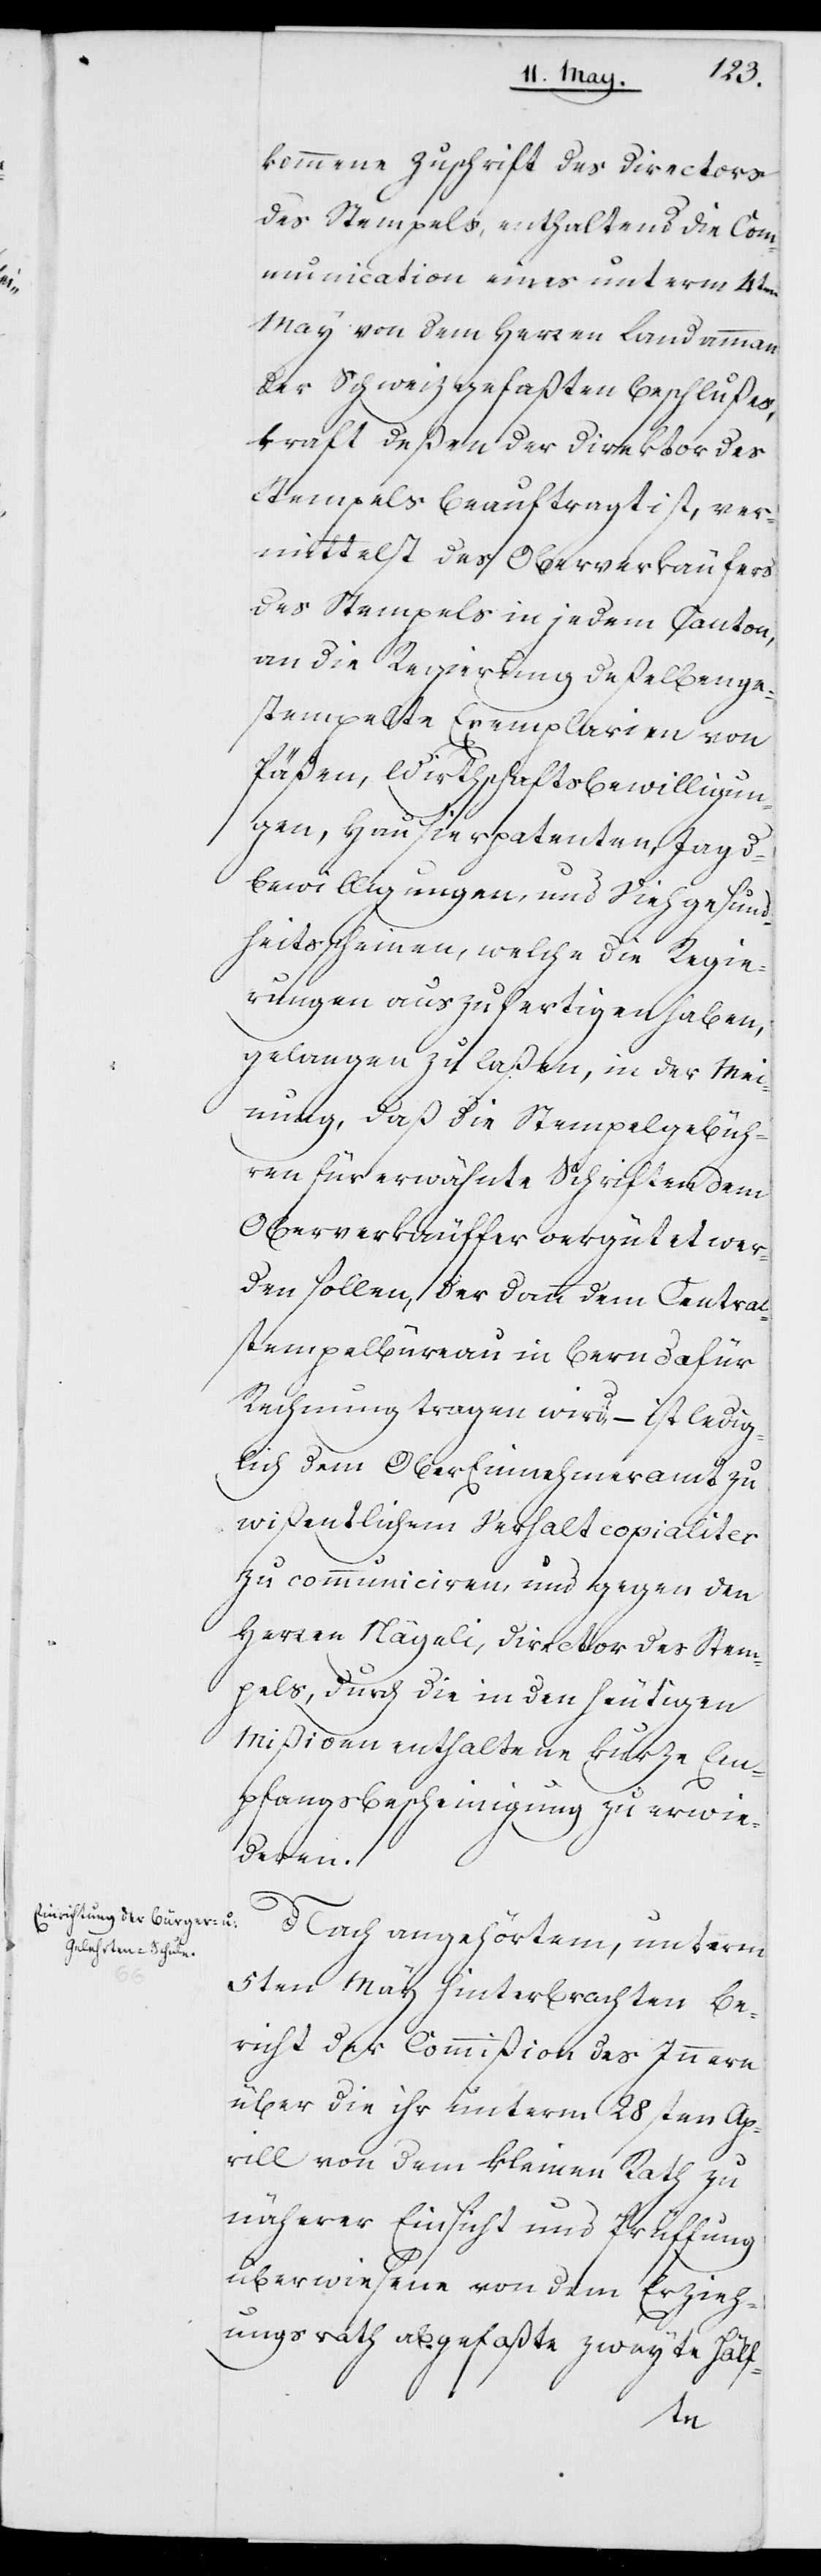
kommene Zuschrift des Directors
des Stempels, enthaltend die Com¬
munication eines unterm 4ten
May von dem Herren Landammann
der Schweiz gefaßten Beschlußes,
kraft deßen der Direktor des
Stempels beauftragt ist, ver¬
mittelst des Oberverkäufers
des Stempels in jedem Canton,
an die Regierung deßelben ge¬
stempelte Exemplarien von
Päßen, Wirthschaftsbewilligun¬
gen, Hausierpatenten, Jagd¬
bewilligungen und Vieh-Gesund¬
heitsscheinen, welche die Regie¬
rungen auszufertigen haben,
gelangen zu laßen, in der Mei¬
nung, daß die Stempelgebüh¬
ren für erwähnte Schriften dem
Oberverkäuffer vergütet wer¬
den sollen, der dann dem Central¬
stempelbureau in Bern dafür
Rechnung tragen wird, – ist ledig¬
lich dem Ober Einnehmeramt zu
wißentlichem Verhalt copialiter
zu communicieren, und gegen den
Herren Nägeli, Director des Stem¬
pels, durch die in den heutigen
Mißiven enthaltene, kurze Em¬
pfangsbescheinigung zu erwie¬
deren.
Nach angehörtem, unterm
5ten May hinterbrachten Be¬
richt der Commißion des Innern
über die ihr unterm 28sten Ap¬
rill von dem Kleinen Rath zu
näherer Einsicht und Prüfung
überwiesene, von dem Erzieh¬
ungsrath abgefaßte zweyte Hälf-